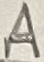
Text: A